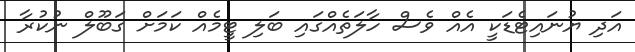
އަދި ޔުނައިޓެޑަކީ އެއް ވެސް ހާލަތެއްގައި ބަލި ޓީމެއް ކަމަށް ގަބޫލް ނުކުރާ